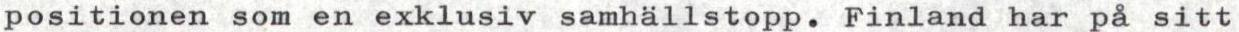
positionen som en exklusiv samhällstopp. Finland har på sitt